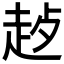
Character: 𬦊